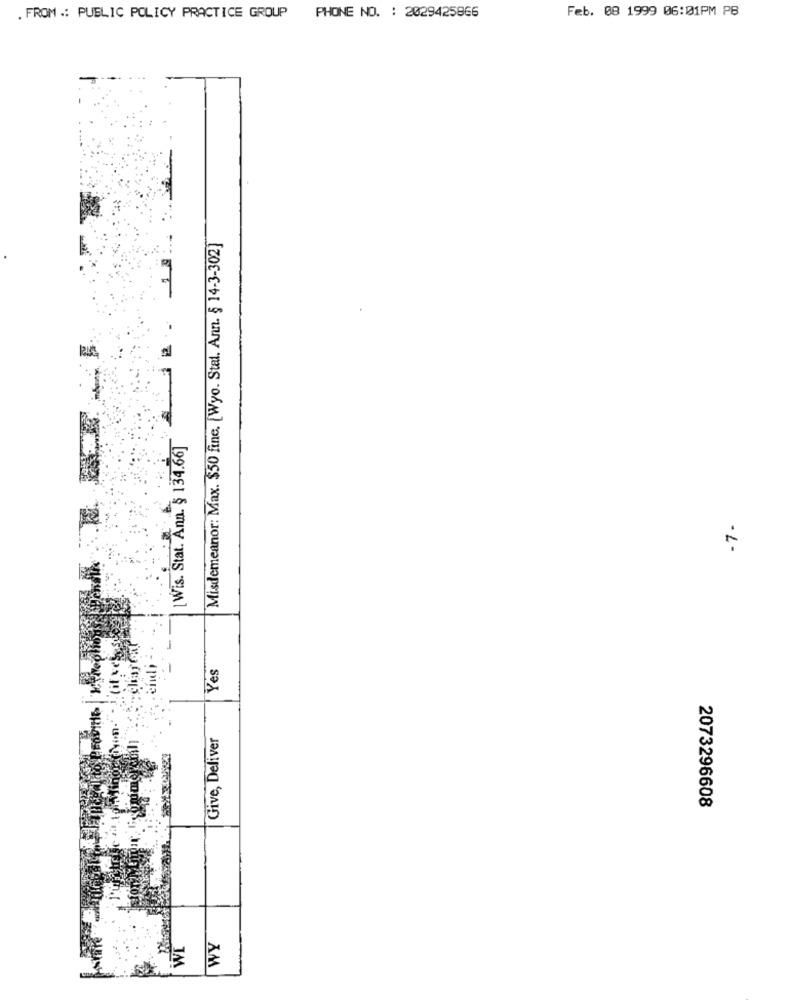
Feb. 08 1999 06:01PM PB
. FROM .: PUBLIC POLICY PRACTICE GROUP PHONE NO. : 2029425866
Misdemeanor: Max. $50 fine. [Wyo. Stal. Ann. § 14-3-302]
[ Wis. Stat. Ann. § 134.66]
-7-
Yes
Give, Deliver
2073296608
WY